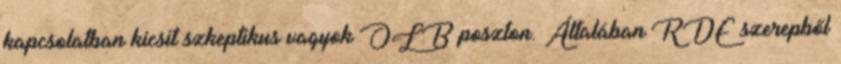
kapcsolatban kicsit szkeptikus vagyok OLB poszton. Általában RDE szerepből